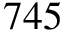
7 4 5